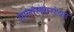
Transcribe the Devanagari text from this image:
सालास्कारांच्या